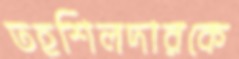
তহশিলদারকে